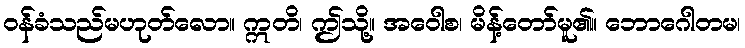
ဝန်ခံသည်မဟုတ်လော။ ဣတိ၊ ဤသို့။ အဝေါစ၊ မိန့်တော်မူ၏။ ဘောဂေါတမ၊